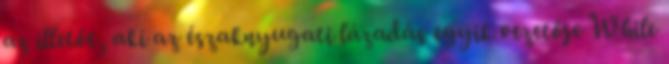
az illetőt, aki az északnyugati lázadás egyik vezetője While